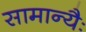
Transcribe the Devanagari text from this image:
सामान्यैः